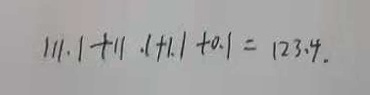
1 1 1 . 1 + 1 1 . 1 + 1 . 1 + 0 . 1 = 1 2 3 . 4 .